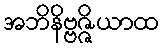
အဘိနိဗ္ဗဇ္ဇိယာထ